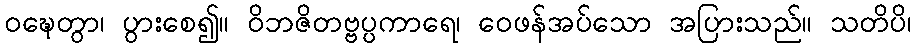
ဝဍ္ဎေတွာ၊ ပွားစေ၍။ ဝိဘဇိတဗ္ဗပ္ပကာရေ၊ ဝေဖန်အပ်သော အပြားသည်။ သတိပိ၊